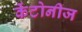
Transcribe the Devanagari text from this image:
केंटोनीज